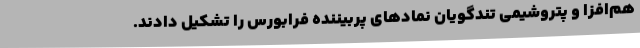
هم‌افزا و پتروشیمی تندگویان نمادهای پربیننده فرابورس را تشکیل دادند.